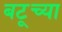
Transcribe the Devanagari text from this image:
बटूच्या